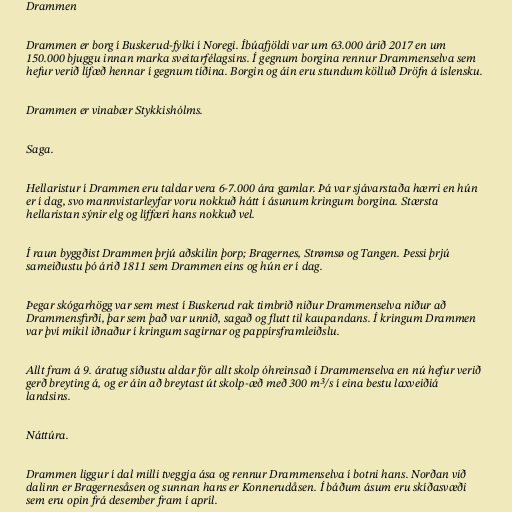
Drammen

Drammen er borg í Buskerud-fylki í Noregi. Íbúafjöldi var um 63.000 árið 2017 en um
150.000 bjuggu innan marka sveitarfélagsins. Í gegnum borgina rennur Drammenselva sem
hefur verið lífæð hennar í gegnum tíðina. Borgin og áin eru stundum kölluð Dröfn á íslensku.

Drammen er vinabær Stykkishólms.

Saga.

Hellaristur í Drammen eru taldar vera 6-7.000 ára gamlar. Þá var sjávarstaða hærri en hún
er í dag, svo mannvistarleyfar voru nokkuð hátt í ásunum kringum borgina. Stærsta
hellaristan sýnir elg og líffæri hans nokkuð vel.

Í raun byggðist Drammen þrjú aðskilin þorp; Bragernes, Strømsø og Tangen. Þessi þrjú
sameiðustu þó árið 1811 sem Drammen eins og hún er í dag.

Þegar skógarhögg var sem mest í Buskerud rak timbrið niður Drammenselva niður að
Drammensfirði, þar sem það var unnið, sagað og flutt til kaupandans. Í kringum Drammen
var því mikil iðnaður í kringum sagirnar og pappírsframleiðslu.

Allt fram á 9. áratug síðustu aldar fór allt skolp óhreinsað í Drammenselva en nú hefur verið
gerð breyting á, og er áin að breytast út skolp-æð með 300 m³/s í eina bestu laxveiðiá
landsins.

Náttúra.

Drammen liggur í dal milli tveggja ása og rennur Drammenselva í botni hans. Norðan við
dalinn er Bragernesåsen og sunnan hans er Konnerudåsen. Í báðum ásum eru skíðasvæði
sem eru opin frá desember fram í apríl.